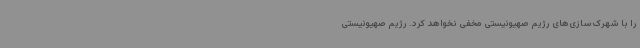
را با شهرک‌سازی‌های رژیم صهیونیستی مخفی نخواهد کرد. رژیم صهیونیستی